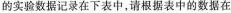
的实验数据记录在下表中，请根据表中的数据在